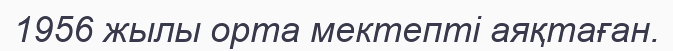
1956 жылы орта мектепті аяқтаған.